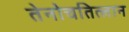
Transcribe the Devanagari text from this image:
तेनोचतित्लान